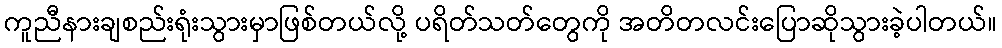
ကူညီနားချစည်းရုံးသွားမှာဖြစ်တယ်လို့ ပရိတ်သတ်တွေကို အတိတလင်းပြောဆိုသွားခဲ့ပါတယ်။